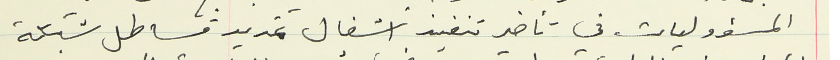
المسؤوليات في تأخير تنفيذ اشغال تمديد قساطل شبكة